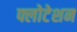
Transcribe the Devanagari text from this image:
फ्लोटेशन